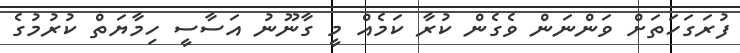
ފުރަގަހަތަށް ވަންނަން ވެގެން ކުރާ ކަމެއް މީ ގާނޫނު އަސާސީ ހިމާޔަތް ކުރުމުގެ